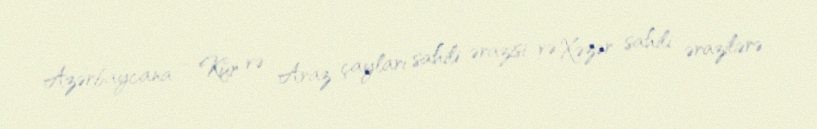
Azərbaycana – Kür və Araz çayları sahili ərazisi və Xəzər sahili ərazilərə